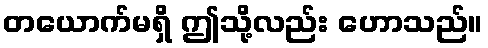
တယောက်မရှိ ဤသို့လည်း ဟောသည်။